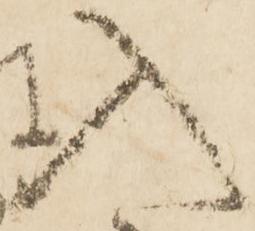
入